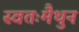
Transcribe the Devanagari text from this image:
स्वतःमैथुन